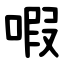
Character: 㗇